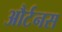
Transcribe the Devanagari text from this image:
और्टनस